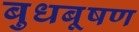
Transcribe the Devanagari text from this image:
बुधबूषण